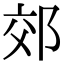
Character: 郊